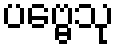
ပဗ္ဗေသု